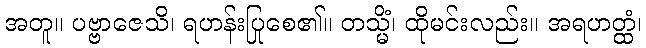
အတူ။ ပဗ္ဗာဇေသိ၊ ရဟန်းပြုစေ၏။ တသ္မိံ၊ ထိုမင်းလည်း။ အရဟတ္ထံ၊